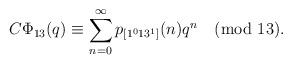
LaTeX: \begin{align*}C\Phi_{13}(q)\equiv \sum_{n=0}^{\infty}p_{[1^013^1]}(n)q^n\pmod{13}.\end{align*}